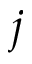
j